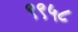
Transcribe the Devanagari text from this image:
९९५८